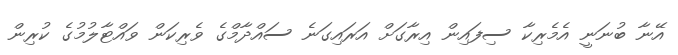
އޭނާ ބުނަނީ އެމެރިކާ ސިފައިން އިރާގަށް އަރައިގަނެ ސައްދާމްގެ ވެރިކަން ވައްޓާލުމުގެ ކުރިން